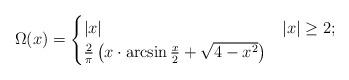
LaTeX: \begin{align*} \Omega(x) = \begin{cases} |x| & |x| \geq 2;\\ \frac{2}{\pi} \left( x \cdot \arcsin \frac{x}{2} + \sqrt{4-x^2} \right) & \end{cases}\end{align*}